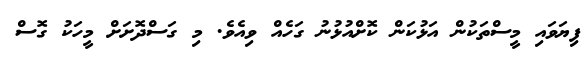
ފިޔަވައި މީސްތަކުން އަޅުކަން ކޮށްއުޅުނު ގަހެއް ވިއެވެ. މި ގަސްދޮށަށް މީހަކު ގޮސް